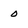
Character: 0